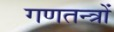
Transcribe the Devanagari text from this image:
गणतन्त्रों